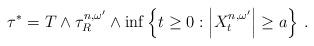
LaTeX: \begin{align*} \tau^*=T\wedge\tau^{n,\omega^\prime}_R\wedge \inf\left\lbrace t\ge 0:\left\lvert X^{n,\omega^\prime}_t\right\rvert \ge a\right\rbrace\, . \end{align*}